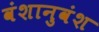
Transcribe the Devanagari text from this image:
वंशानुवंश